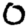
Digit: 0